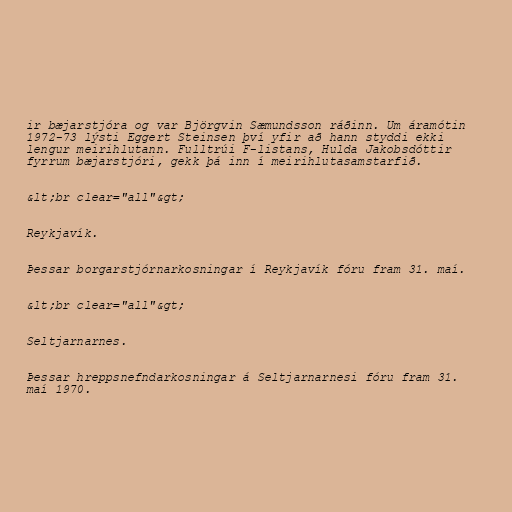
ir bæjarstjóra og var Björgvin Sæmundsson ráðinn. Um áramótin
1972-73 lýsti Eggert Steinsen því yfir að hann styddi ekki
lengur meirihlutann. Fulltrúi F-listans, Hulda Jakobsdóttir
fyrrum bæjarstjóri, gekk þá inn í meirihlutasamstarfið.

&lt;br clear="all"&gt;

Reykjavík.

Þessar borgarstjórnarkosningar í Reykjavík fóru fram 31. maí.

&lt;br clear="all"&gt;

Seltjarnarnes.

Þessar hreppsnefndarkosningar á Seltjarnarnesi fóru fram 31.
maí 1970.